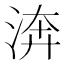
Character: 渀